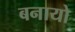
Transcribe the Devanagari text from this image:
बनायो